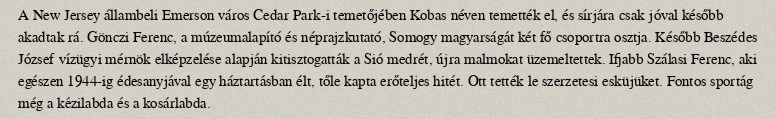
A New Jersey állambeli Emerson város Cedar Park-i temetőjében Kobas néven temették el, és sírjára csak jóval később akadtak rá. Gönczi Ferenc, a múzeumalapító és néprajzkutató, Somogy magyarságát két fő csoportra osztja. Később Beszédes József vízügyi mérnök elképzelése alapján kitisztogatták a Sió medrét, újra malmokat üzemeltettek. Ifjabb Szálasi Ferenc, aki egészen 1944-ig édesanyjával egy háztartásban élt, tőle kapta erőteljes hitét. Ott tették le szerzetesi esküjüket. Fontos sportág még a kézilabda és a kosárlabda.